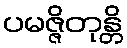
ပမဇ္ဇိတုန္တိ